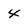
Character: 4